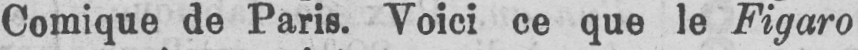
Comique de Paris. Voici ce que le Figaro